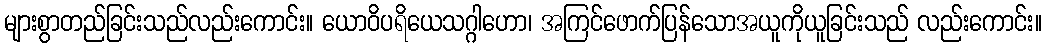
များစွာတည်ခြင်းသည်လည်းကောင်း။ ယောဝိပရိယေသဂ္ဂါဟော၊ အကြင်ဖောက်ပြန်သောအယူကိုယူခြင်းသည် လည်းကောင်း။